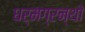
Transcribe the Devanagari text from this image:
धर्मग्रन्थो